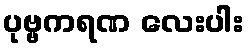
ပုဗ္ဗကရဏ လေးပါး